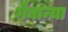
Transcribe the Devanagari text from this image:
गैबान्या